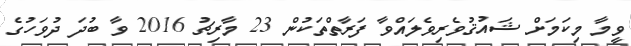
ވީމާ މިކަމަށް ޝައުޤުވެރިވެލައްވާ ފަރާތްތަކުން 23 މާރިޗު 2016 ވާ ބުދަ ދުވަހުގެ